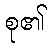
စု၏